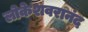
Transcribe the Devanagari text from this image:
लोकेशवरानंद